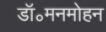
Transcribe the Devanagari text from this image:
डॉ॰मनमोहन